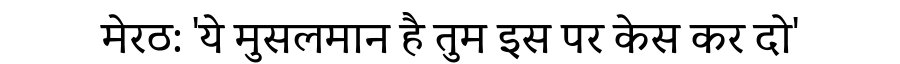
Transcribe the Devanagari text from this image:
मेरठ: 'ये मुसलमान है तुम इस पर केस कर दो'